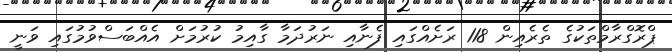
ޕްރޮގްރާމްތަކުގެ ތެރެއިން 118 ރަށެއްގައި ފެނާއި ނަރުދަމާ ގާއިމު ކުރުމަށް އެއްބަސްވުމުގައި ވަނީ